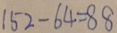
1 5 2 - 6 4 = 8 8